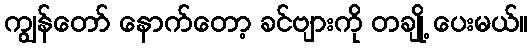
ကျွန်တော် နောက်တော့ ခင်ဗျားကို တချို့ ပေးမယ်။